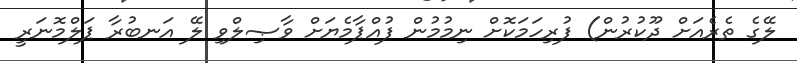
ލޭގެ ތެރެއަށް ދޫކުރުން) ފުރިހަމަކޮށް ނިމުމުން ފުއްޕާމެޔަށް ވާޞިލްވި ލޭ އަނބުރާ ޕަލްމޮނަރީ